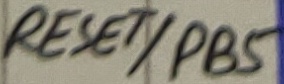
Text: RESET/PB5